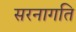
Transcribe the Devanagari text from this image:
सरनागति